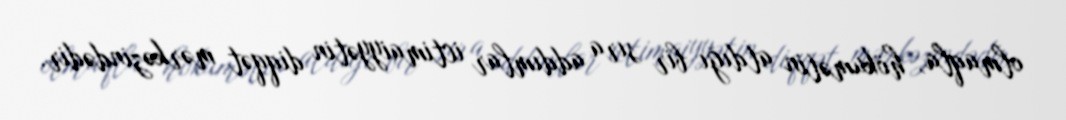
olmaqla, hökumətin atdığı bir sıra addımlar ictimaiyyətin diqqət mərkəzindədir.